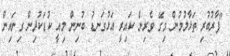
"ފާރުބުރި ތަޅާލުމުން މިގޭ ވެރިން ކައިރީ އަޅުގަނޑު ބުނިން މިއީ ކުޑަކުދިން ގިނައިން